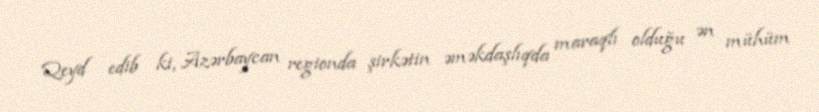
Qeyd edib ki, Azərbaycan regionda şirkətin əməkdaşlıqda maraqlı olduğu ən mühüm